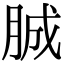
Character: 𦛙